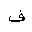
Letter: _fa